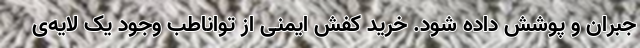
جبران و پوشش داده شود.‌ خرید کفش ایمنی از تواناطب وجود یک لایه‌ی